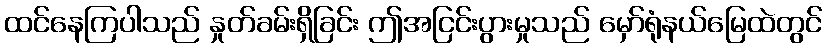
ထင်နေကြပါသည် နှုတ်ခမ်းရှိခြင်း ဤအငြင်းပွားမှုသည် မှော်ရုံနယ်မြေထဲတွင်